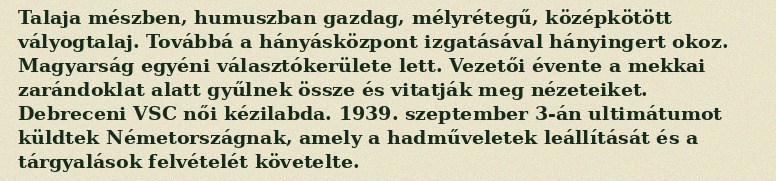
Talaja mészben, humuszban gazdag, mélyrétegű, középkötött vályogtalaj. Továbbá a hányásközpont izgatásával hányingert okoz. Magyarság egyéni választókerülete lett. Vezetői évente a mekkai zarándoklat alatt gyűlnek össze és vitatják meg nézeteiket. Debreceni VSC női kézilabda. 1939. szeptember 3-án ultimátumot küldtek Németországnak, amely a hadműveletek leállítását és a tárgyalások felvételét követelte.